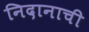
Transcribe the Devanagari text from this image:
निदानाची